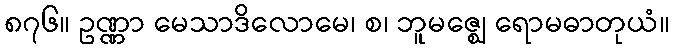
၈၇၆။ ဥဏ္ဏာ မေသာဒိလောမေ၊ စ၊ ဘူမဇ္ဈေ ရောမဓာတုယံ။